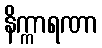
နိက္ကာရဏာ